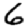
Digit: 6